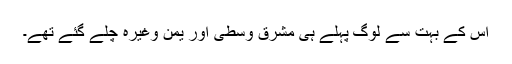
اس کے بہت سے لوگ پہلے ہی مشرق وسطیٰ اور یمن وغیرہ چلے گئے تھے۔